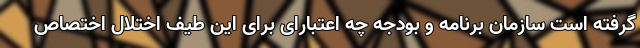
گرفته است سازمان برنامه و بودجه چه اعتبارای برای این طیف اختلال اختصاص